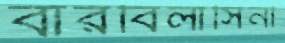
বারবিলাসিনী